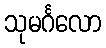
သုမင်္ဂလော